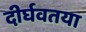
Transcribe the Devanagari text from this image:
दीर्घवतया